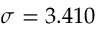
\sigma = 3 . 4 1 0